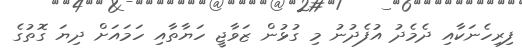
ފިރިހެނަކާއި ދެމެދު އުފެދުނު މި ގުޅުން ޒަވާޖީ ހަޔާތާއި ހަމައަށް ދިޔަ ގޮތުގެ